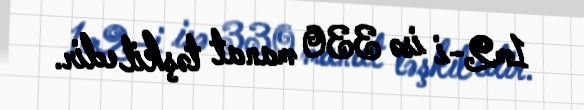
1m2-i isə 330 manat təşkil edir.